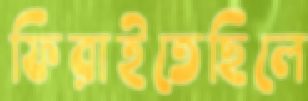
ফিরাইতেছিলে